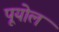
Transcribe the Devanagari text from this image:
पूयोल